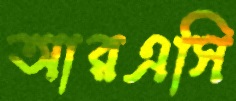
আরএসি